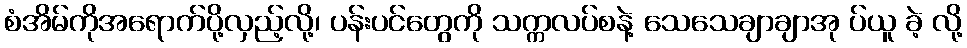
စံအိမ်ကိုအရောက်ပို့လှည့်လို့၊ ပန်းပင်တွေကို သက္ကလပ်စနဲ့ သေသေချာချာအု ပ်ယူ ခဲ့ လို့